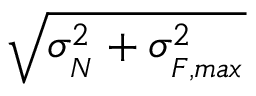
\sqrt { \sigma _ { { } _ { N } } ^ { 2 } + \sigma _ { { } _ { F , m a x } } ^ { 2 } }